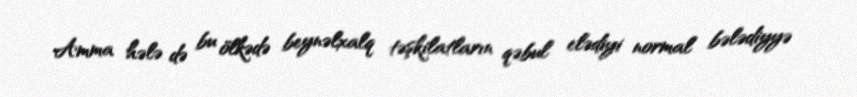
Amma hələ də bu ölkədə beynəlxalq təşkilatların qəbul elədiyi normal bələdiyyə